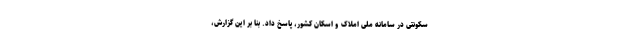
سکونتی در سامانه ملی املاک و اسکان کشور، پاسخ داد. بنا بر این گزارش،